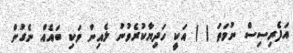
އަފެރިސިސް ނުވަތަ ( ) އަކީ ހަދިޔާކުރެވުނު ލެއިން ވަކި ބައެއް ނެގުން